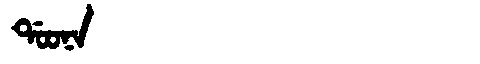
Manchu: ᡩᠣᠣᠨᠠ
Romanization: DOONA